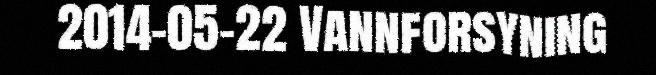
2014-05-22 Vannforsyning